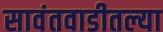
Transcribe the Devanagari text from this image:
सावंतवाडीतल्या